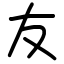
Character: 友